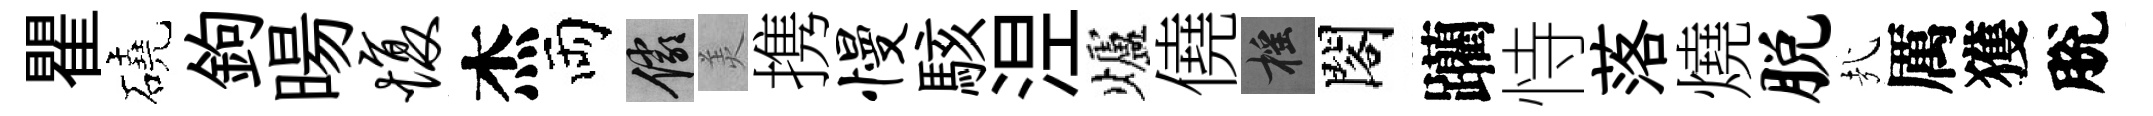
瞿磽鉤暘愎杰両儼羙携慢駭𣵀爐僥摇閣躪恃落燒脱㢤厲獲脫